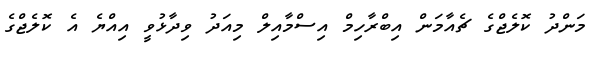
މަންދު ކޮލެޖްގެ ޗެއާމަން އިބްރާހިމް އިސްމާއިލް މިއަދު ވިދާޅުވީ އިއްޔެ އެ ކޮލެޖްގެ